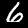
Label: 6